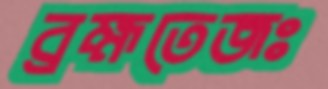
ব্রহ্মতেজঃ